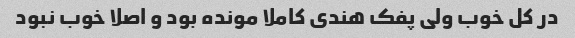
در کل خوب ولی پفک هندی کاملا مونده بود و اصلا خوب نبود